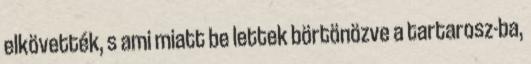
elkövették, s ami miatt be lettek börtönözve a tartarosz-ba,